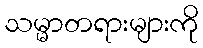
သမ္မာတရားများကို